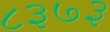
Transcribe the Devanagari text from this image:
८३७३